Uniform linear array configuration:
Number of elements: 48
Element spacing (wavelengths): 0.5
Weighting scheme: exponential
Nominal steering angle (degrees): -60
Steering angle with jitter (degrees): -60.706
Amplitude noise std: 0.05
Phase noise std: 0.05

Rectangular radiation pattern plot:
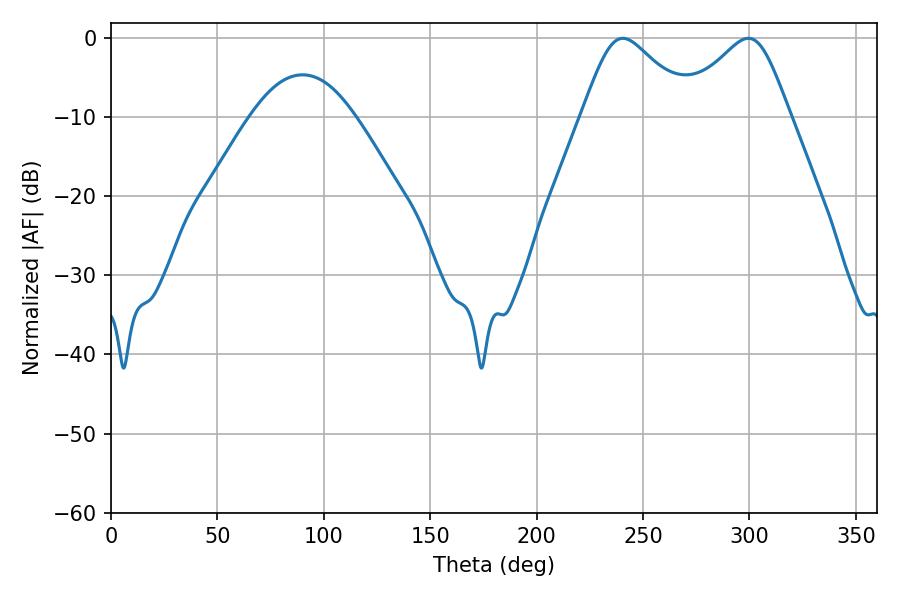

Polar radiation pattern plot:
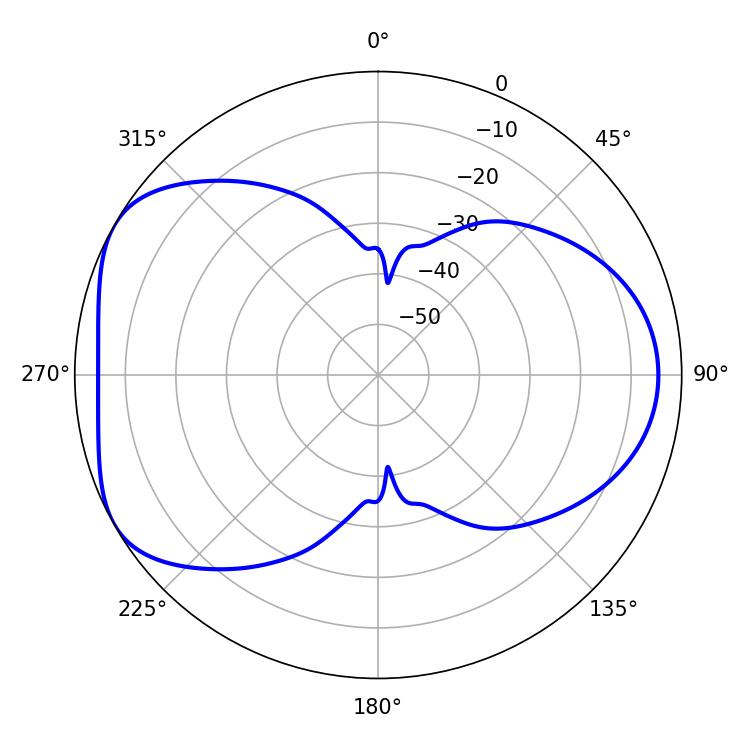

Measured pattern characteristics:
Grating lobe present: FALSE
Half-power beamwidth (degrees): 25.56
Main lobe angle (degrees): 240.48